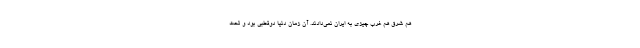
هم شرق هم غرب چیزی به ایران نمی‌دادند. آن زمان دنیا دوقطبی بود و تحت